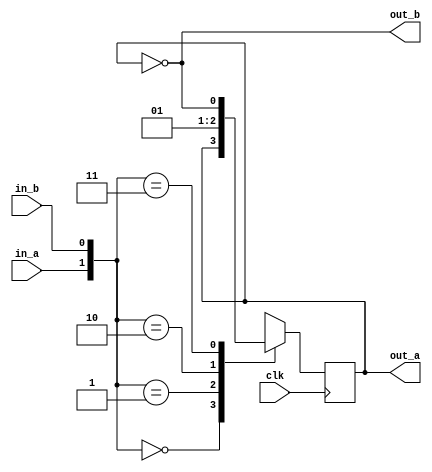
module FF_JK(
  in_a,
  in_b,
  clk,
  out_a,
  out_b
);

input in_a;
input in_b;
input clk;
output reg out_a;
output out_b;

assign out_b = ~(out_a);

always@( posedge clk)
begin
  case({in_a, in_b})
    2'b00 : out_a <= out_a;
    2'b01 : out_a <= 1'b0;
    2'b10 : out_a <= 1'b1;
    2'b11 : out_a <= out_b;
    default  out_a = 1'b0;
  endcase
end
endmodule